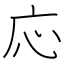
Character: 応